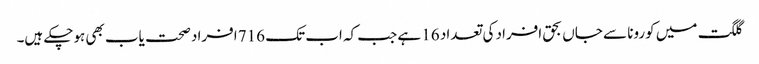
گلگت میں کورونا سے جاں بحق افراد کی تعداد 16 ہے جب کہ اب تک 716 افراد صحت یاب بھی ہوچکے ہیں۔